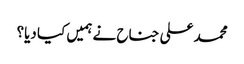
محمد علی جناح نے ہمیں کیا دیا؟